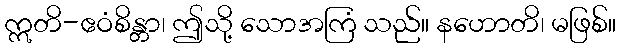
ဣတိ-ဧဝံစိန္တာ၊ ဤသို့ သောအကြံ သည်။ နဟောတိ၊ မဖြစ်။